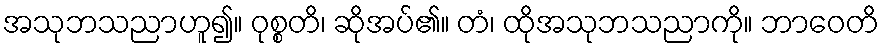
အသုဘသညာဟူ၍။ ဝုစ္စတိ၊ ဆိုအပ်၏။ တံ၊ ထိုအသုဘသညာကို။ ဘာဝေတိ